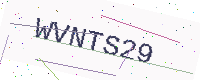
Text: WVNTS29